Document type: Emphyteutic lease
Year: 1274
Scribe: Pere Marquès
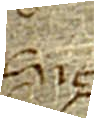
Sig